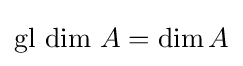
{\mbox{gl dim }}A=\dim A